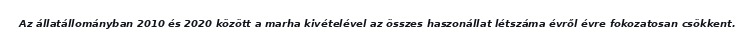
Az állatállományban 2010 és 2020 között a marha kivételével az összes haszonállat létszáma évről évre fokozatosan csökkent.